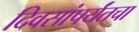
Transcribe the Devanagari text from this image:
दिवसांपर्यंतचा